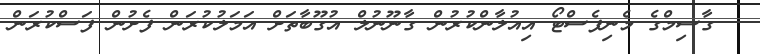
ގާސިމްގެ މެނިފެސްޓޯ އިއުލާންކުރުން ގާނޫނުލް އުގޫބާތަށް އަމަލުކުރަން ފެށުން ފަސްކުރަން